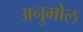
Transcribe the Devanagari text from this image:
अनुमोल